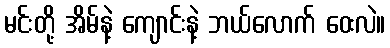
မင်းတို့ အိမ်နဲ့ ကျောင်းနဲ့ ဘယ်လောက် ဝေးလဲ။